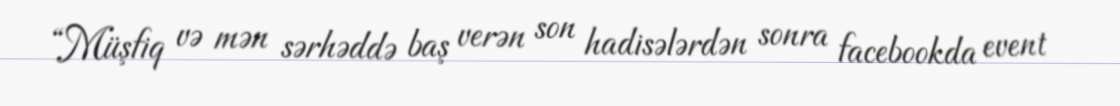
“Müşfiq və mən sərhəddə baş verən son hadisələrdən sonra facebookda event